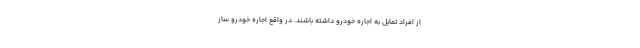
از افراد تمایل به اجاره خودرو داشته باشند. در واقع اجاره خودرو ساز